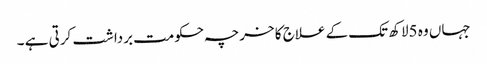
جہاں وہ 5لاکھ تک کے علاج کا خرچہ حکومت برداشت کرتی ہے ۔